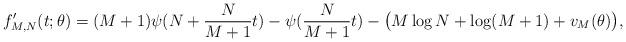
LaTeX: \begin{align*} f'_{M, N}(t; \theta) = (M + 1) \psi(N + \frac{N}{M + 1}t) - \psi(\frac{N}{M + 1}t) - \big(M \log N + \log (M + 1) + v_{M}(\theta)\big),\end{align*}